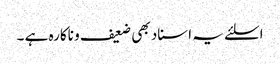
اسلئے یہ اسناد بھی ضعیف و ناکارہ ہے ۔